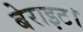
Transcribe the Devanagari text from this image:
बेराइट।